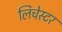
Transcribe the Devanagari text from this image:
लिचेस्टर